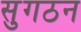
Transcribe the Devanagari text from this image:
सुगठन